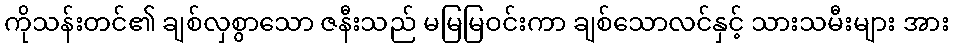
ကိုသန်းတင်၏ ချစ်လှစွာသော ဇနီးသည် မမြမြဝင်းကာ ချစ်သောလင်နှင့် သားသမီးများ အား